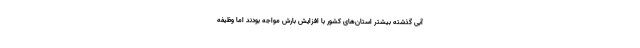
آبی گذشته بیشتر استان‌های کشور با افزایش بارش مواجه بودند اما وظیفه